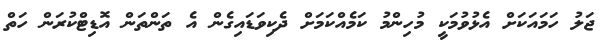
ޖަލު ހަމައަކަށް އެޅުވުމަކީ މުހިންމު ކަމެއްކަމަށް ދެކިވަޑައިގެން އެ ތަންތަން އޮޑިޓްކުރަން ހަތް